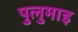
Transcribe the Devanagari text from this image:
पुलुमाइ